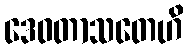
ဒေဝတာသတေဟိ